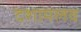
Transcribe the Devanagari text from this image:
दशामलव